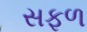
સફળ